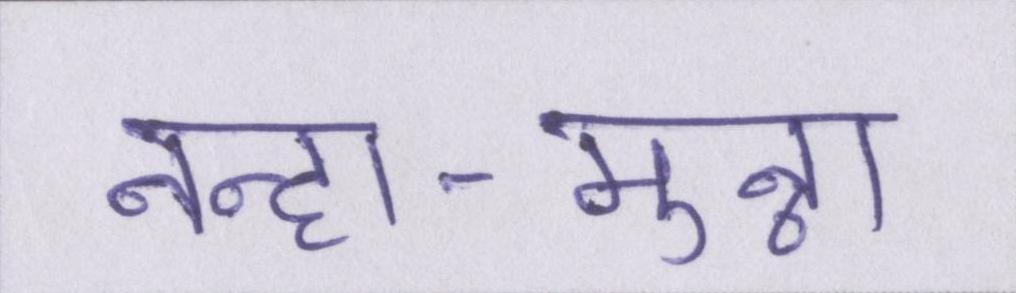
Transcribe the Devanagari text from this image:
नन्हा-मुन्ना